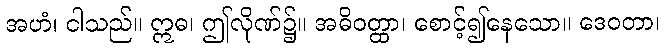
အဟံ၊ ငါသည်။ ဣဓ၊ ဤလိုဏ်၌။ အဓိဝတ္ထာ၊ စောင့်၍နေသော။ ဒေဝတာ၊